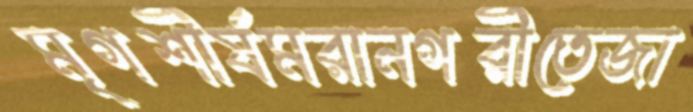
মৃগশীর্ষমরানগরীতেজা